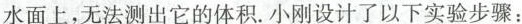
水面上，无法测出它的体积。小刚设计了以下实验步骤：